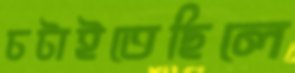
চটাইতেছিলে